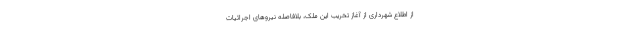
از اطلاع شهرداری از آغاز تخریب این ملک، بلافاصله نیروهای اجرائیات